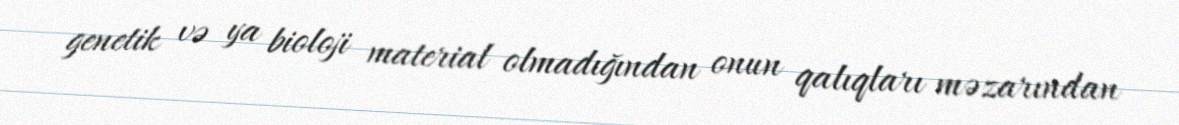
genetik və ya bioloji material olmadığından onun qalıqları məzarından